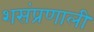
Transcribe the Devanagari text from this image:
शसंप्रणाली